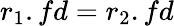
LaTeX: r_{1}.fd=r_{2}.fd